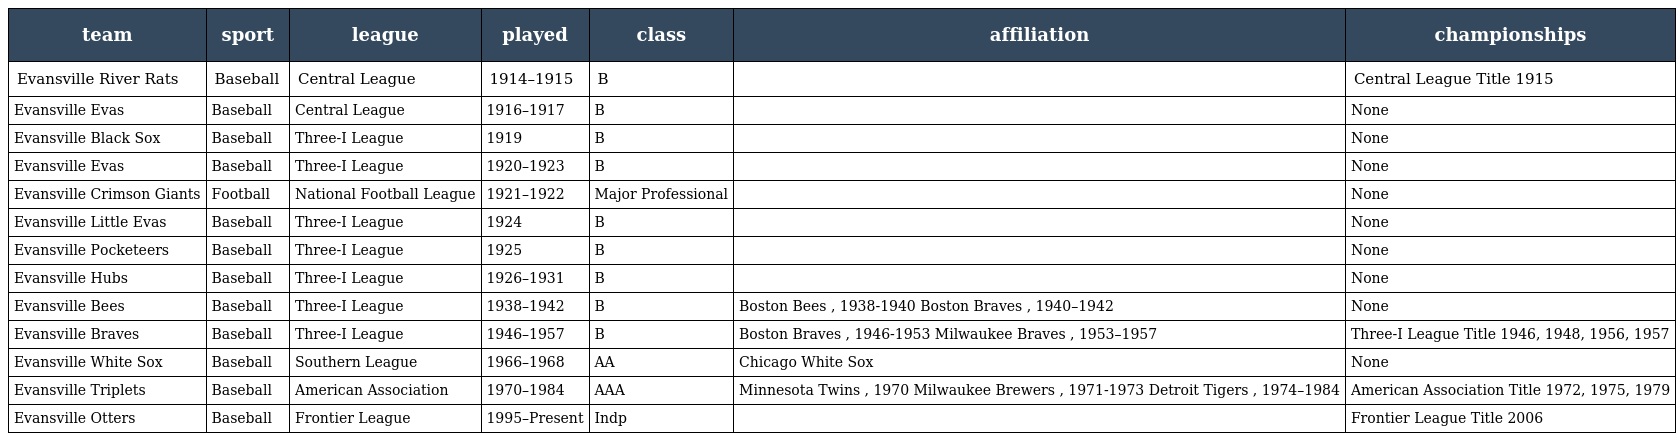
| team | sport | league | played | class | affiliation | championships |
 | --- | --- | --- | --- | --- | --- | --- |
 | Evansville River Rats | Baseball | Central League | 1914–1915 | B |  | Central League Title 1915 |
 | Evansville Evas | Baseball | Central League | 1916–1917 | B |  | None |
 | Evansville Black Sox | Baseball | Three-I League | 1919 | B |  | None |
 | Evansville Evas | Baseball | Three-I League | 1920–1923 | B |  | None |
 | Evansville Crimson Giants | Football | National Football League | 1921–1922 | Major Professional |  | None |
 | Evansville Little Evas | Baseball | Three-I League | 1924 | B |  | None |
 | Evansville Pocketeers | Baseball | Three-I League | 1925 | B |  | None |
 | Evansville Hubs | Baseball | Three-I League | 1926–1931 | B |  | None |
 | Evansville Bees | Baseball | Three-I League | 1938–1942 | B | Boston Bees , 1938-1940 Boston Braves , 1940–1942 | None |
 | Evansville Braves | Baseball | Three-I League | 1946–1957 | B | Boston Braves , 1946-1953 Milwaukee Braves , 1953–1957 | Three-I League Title 1946, 1948, 1956, 1957 |
 | Evansville White Sox | Baseball | Southern League | 1966–1968 | AA | Chicago White Sox | None |
 | Evansville Triplets | Baseball | American Association | 1970–1984 | AAA | Minnesota Twins , 1970 Milwaukee Brewers , 1971-1973 Detroit Tigers , 1974–1984 | American Association Title 1972, 1975, 1979 |
 | Evansville Otters | Baseball | Frontier League | 1995–Present | Indp |  | Frontier League Title 2006 |